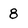
Character: 8